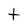
Character: t